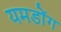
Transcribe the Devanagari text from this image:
यमडोंग